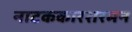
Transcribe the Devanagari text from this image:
नाटककारशरमन